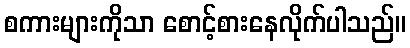
စကားများကိုသာ စောင့်စားနေလိုက်ပါသည်။